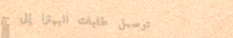
توصيل طلبات البيتزا إلى ج